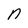
Character: n